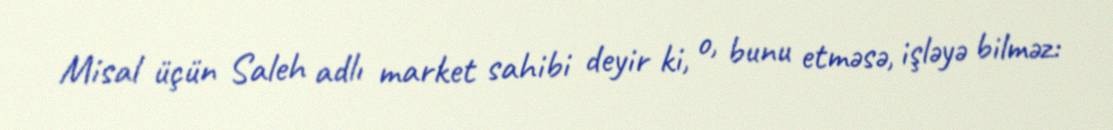
Misal üçün Saleh adlı market sahibi deyir ki, o, bunu etməsə, işləyə bilməz: